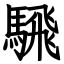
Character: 騛